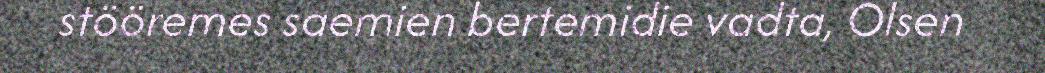
stööremes saemien bertemidie vadta, Olsen